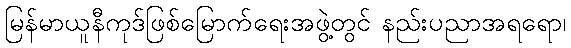
မြန်မာယူနီကုဒ်ဖြစ်မြောက်ရေးအဖွဲ့တွင် နည်းပညာအရရော၊